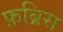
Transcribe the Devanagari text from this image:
फ़ब्रिस